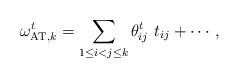
LaTeX: \begin{align*}\omega^t_{\mathrm{AT},k}=\sum_{1\leq i<j\leq k}\theta^t_{ij}\ t_{ij}+\cdots,\end{align*}